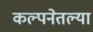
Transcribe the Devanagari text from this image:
कल्पनेतल्या